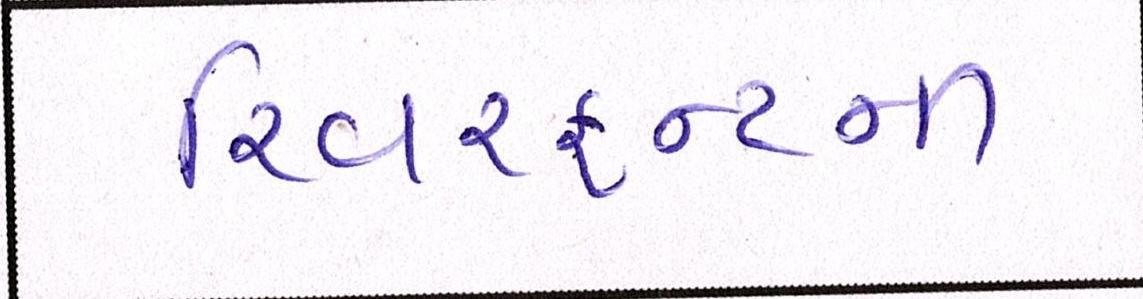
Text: રિવરફ્રન્ટની